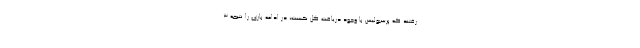
رفتند که پرسپولیس با وجود دریافت گل نخست، در ادامه بازی را نتیجه ۳